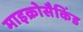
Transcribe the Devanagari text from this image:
माइक्रोसैकिंड